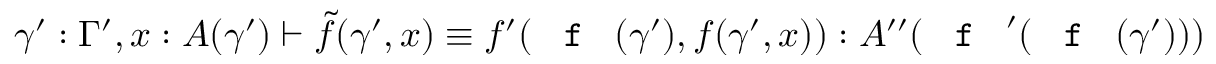
\gamma ^ { \prime } : \Gamma ^ { \prime } , x : A ( \gamma ^ { \prime } ) \vdash \tilde { f } ( \gamma ^ { \prime } , x ) \equiv f ^ { \prime } ( \textnormal { \texttt { f } } ( \gamma ^ { \prime } ) , f ( \gamma ^ { \prime } , x ) ) : A ^ { \prime \prime } ( \textnormal { \texttt { f } } ^ { \prime } ( \textnormal { \texttt { f } } ( \gamma ^ { \prime } ) ) )